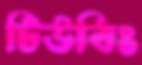
টিউবিং